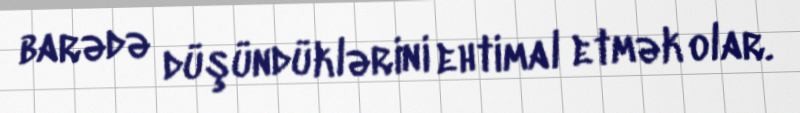
barədə düşündüklərini ehtimal etmək olar.